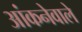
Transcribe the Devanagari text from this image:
आंकनेवाले